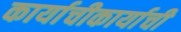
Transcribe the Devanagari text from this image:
कार्याचीकार्याची